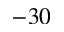
- 3 0